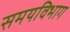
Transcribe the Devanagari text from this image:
समयविभाग